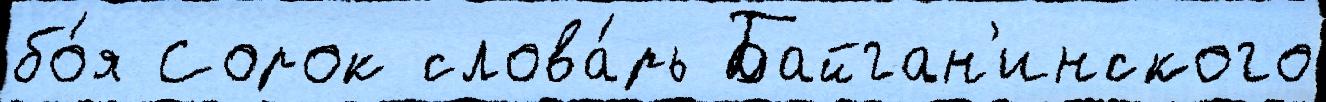
бо́я Сорок слова́рь Байган'инского